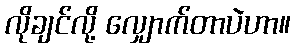
လိုချင်လို့ လျှောက်တာပဲဟာ။